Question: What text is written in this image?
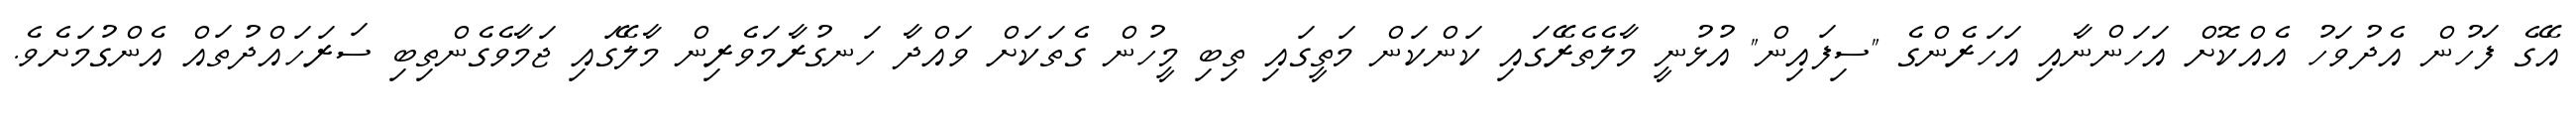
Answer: އޭގެ ފަހުން އެދުވަހު އެއްކޮށް އަހަންނާއި އަހަރެންގެ "ސިފައިން" އުޅުނީ މާލެތެރޭގައި ކަންކަން މަތީގައި ތިބި މީހުން ގެތަކަށް ވައްދާ ހަނގުރާމަވެރިން މާލޭގައި ޖަމާވެގެންތިބި ސަރަހައްދުތައް އެންގުމަށެވެ.